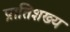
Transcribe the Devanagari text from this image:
प्रातिशख्य